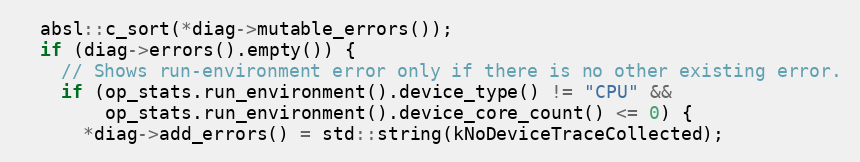
Language: C++
  absl::c_sort(*diag->mutable_errors());
  if (diag->errors().empty()) {
    // Shows run-environment error only if there is no other existing error.
    if (op_stats.run_environment().device_type() != "CPU" &&
        op_stats.run_environment().device_core_count() <= 0) {
      *diag->add_errors() = std::string(kNoDeviceTraceCollected);